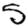
Digit: 5